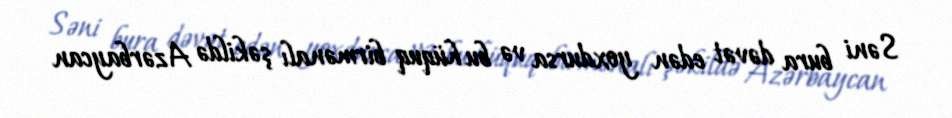
Səni bura dəvət edən yoxdursa və bu hüquq birmənalı şəkildə Azərbaycan